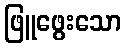
ဖြူဖွေးသော